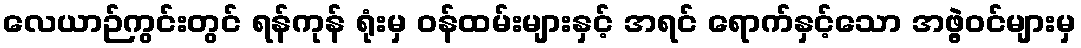
လေယာဉ်ကွင်းတွင် ရန်ကုန် ရုံးမှ ဝန်ထမ်းများနှင့် အရင် ရောက်နှင့်သော အဖွဲ့ဝင်များမှ